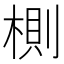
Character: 𣖡